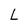
Character: L